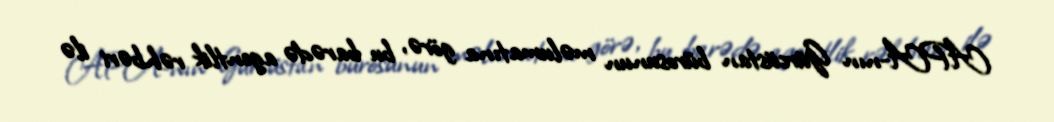
APA-nın Gürcüstan bürosunun məlumatına görə, bu barədə agentlik rəhbəri ilə